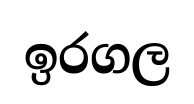
ඉරගල